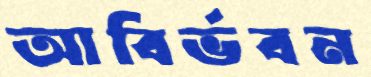
আবির্ভবন